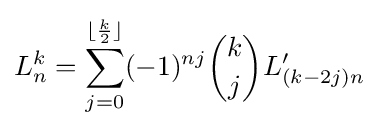
L_{n}^{k}=\sum _{j=0}^{\lfloor {\frac {k}{2}}\rfloor }(-1)^{nj}{\binom {k}{j}}L'_{(k-2j)n}